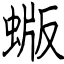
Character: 蝂